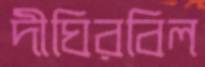
দীঘিরবিল